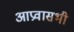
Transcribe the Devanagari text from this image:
आप्रवासभी